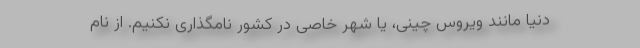
دنیا مانند ویروس چینی، یا شهر خاصی در کشور نامگذاری نکنیم. از نام